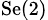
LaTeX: _\textrm{Se(2)}